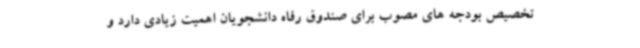
تخصیص بودجه های مصوب برای صندوق رفاه دانشجویان اهمیت زیادی دارد و